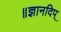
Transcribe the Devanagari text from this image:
॥ज्ञानदिप्